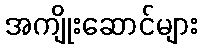
အကျိုးဆောင်များ